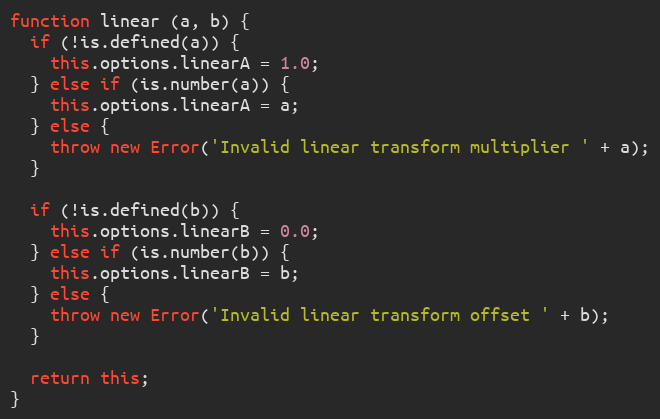
Language: JavaScript
function linear (a, b) {
  if (!is.defined(a)) {
    this.options.linearA = 1.0;
  } else if (is.number(a)) {
    this.options.linearA = a;
  } else {
    throw new Error('Invalid linear transform multiplier ' + a);
  }

  if (!is.defined(b)) {
    this.options.linearB = 0.0;
  } else if (is.number(b)) {
    this.options.linearB = b;
  } else {
    throw new Error('Invalid linear transform offset ' + b);
  }

  return this;
}